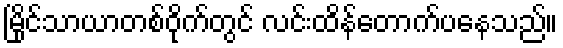
မြိုင်သာယာတစ်ဝိုက်တွင် လင်းထိန်တောက်ပနေသည်။